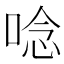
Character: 唸